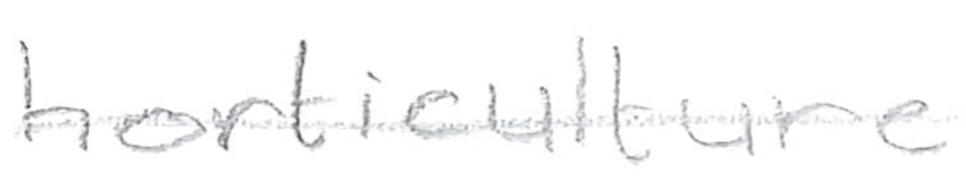
Text: horticulture
Cross-out: single-line
Writing tool: pencil